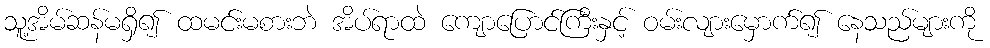
သူ့အိမ်ဆန်မရှိ၍ ထမင်းမစားဘဲ အိပ်ရာထဲ ကျောပြောင်ကြီးနှင့် ဝမ်းလျားမှောက်၍ နေသည်များကို